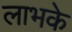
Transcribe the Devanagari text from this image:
लाभके